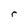
Character: r